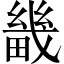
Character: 畿